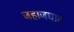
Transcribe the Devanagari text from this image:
जहाजघाट